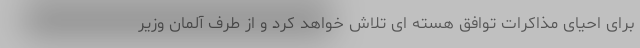
برای احیای مذاکرات توافق هسته ای تلاش خواهد کرد و از طرف آلمان وزیر